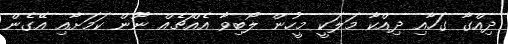
ދިއްގާ ގަހާއި ދިއްކާ މަލަކީ މީހުން ލޯބިވާ އެއްޗެއް ނޫން ކަމަށާއި އޭގެން